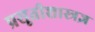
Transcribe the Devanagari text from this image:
प्रसूतीशास्त्रज्ञ